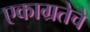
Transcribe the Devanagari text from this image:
एकाग्रतेचे